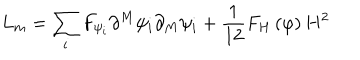
LaTeX: L _ { m } = \sum _ { i } F _ { \psi _ { i } } \partial ^ { M } \psi _ { i } \partial _ { M } \psi _ { i } + \frac 1 { 1 2 } F _ { H } \left( \varphi \right) H ^ { 2 }